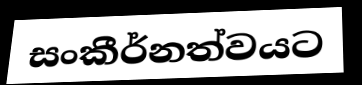
සංකීර්නත්වයට